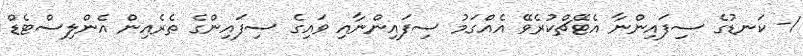
1- ކަނޑުގެ ސިފައިންނާ އެޓޭޗްކުރެވޭ އެއްގަމު ސިފައިންނާއި ވައިގެ ސިފައިންގެ ތެރެއިން އެންލިސްޓެޑް